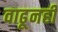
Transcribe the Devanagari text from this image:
वाढूनही